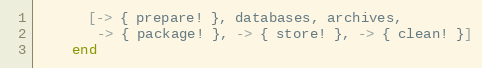
Language: Ruby
      [-> { prepare! }, databases, archives,
       -> { package! }, -> { store! }, -> { clean! }]
    end